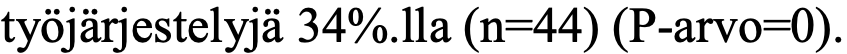
työjärjestelyjä 34%.lla (n=44) (P-arvo=0).